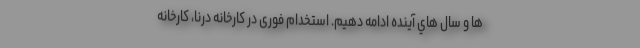
ها و سال هاي آينده ادامه دهيم. استخدام فوری در کارخانه درنا، کارخانه